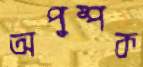
অপুষ্পক